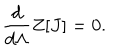
LaTeX: { \frac { d } { d \Lambda } } Z [ J ] = 0 .